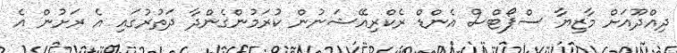
ދިއްދޫއަށް މާޒިޔާ ސްޕޯޓްސް އެންޑް ރެކްރިއޭޝަނުން ކުރަމުންގެންދާ ދަތުރުގައި އެ ރަށުން އެ